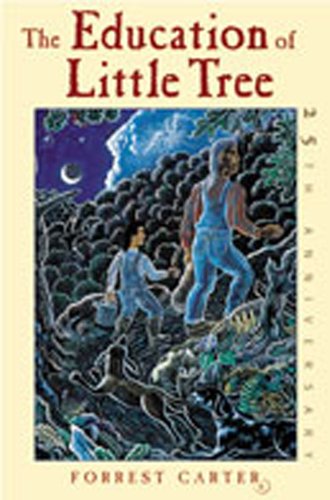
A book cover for The Education of Little Tree; Forrest Carter; Literature & Fiction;